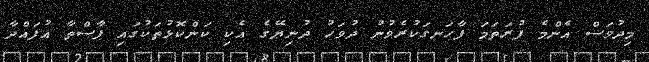
މިދުވަސް އެންމެ ފުރަތަމަ ފާހަނގަކުރެވުނު ދުވަހު ދުނިޔޭގެ އެކި ކަންކޮޅުތަކުގައި ޕާސްތާ އުފައްދާ